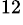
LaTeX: ^{12}